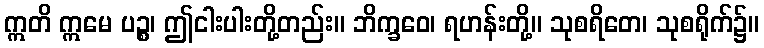
ဣတိ ဣမေ ပဉ္စ၊ ဤငါးပါးတို့တည်း။ ဘိက္ခဝေ၊ ရဟန်းတို့။ သုစရိတေ၊ သုစရိုက်၌။